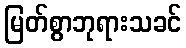
မြတ်စွာဘုရားသခင်